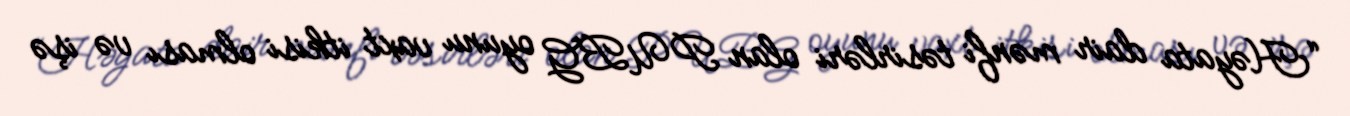
“Həyata dair mənfi təsirləri olan PUBG oyunu vaxt itkisi olması və işə